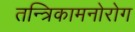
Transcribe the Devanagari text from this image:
तन्त्रिकामनोरोग